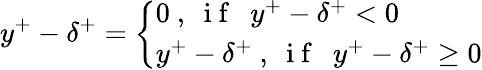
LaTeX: y^{+}-\delta^{+}=\left\{ \begin{array}{ll}{0~,~\mathrm{~i~f~}~~y^{+}-\delta^{+}<0}\\ {y^{+}-\delta^{+}~,~\mathrm{~i~f~}~~y^{+}-\delta^{+}\geq 0}\end{array}\right.